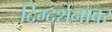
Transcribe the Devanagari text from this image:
दिग्दर्शनावर